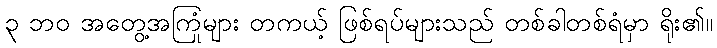
၃ ဘဝ အတွေ့အကြုံများ တကယ့် ဖြစ်ရပ်များသည် တစ်ခါတစ်ရံမှာ ရိုး၏။